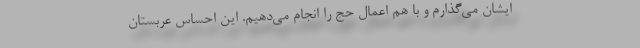
ایشان می‌گذارم و با هم اعمال حج را انجام می‌دهیم. این احساس عربستان